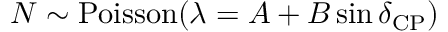
N \sim \mathrm { P o i s s o n } ( \lambda = A + B \sin \delta _ { \mathrm { C P } } )